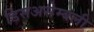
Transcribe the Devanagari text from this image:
डिसअसेम्बली